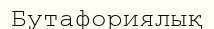
Бутафориялық